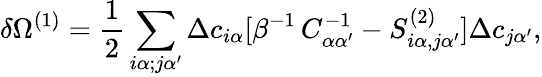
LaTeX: \delta\Omega^{(1)}=\frac{1}{2}\sum_{i\alpha;j\alpha^{\prime}}\Delta c_{i\alpha}[\beta^{-1}\, C_{\alpha\alpha^{\prime}}^{-1}-S_{i\alpha,j\alpha^{\prime}}^{(2)}]\Delta c_{j\alpha^{\prime}},